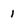
Character: 1